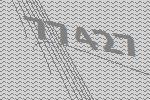
77427